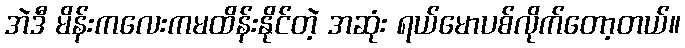
အဲဒီ မိန်းကလေးကမထိန်းနိုင်တဲ့ အဆုံး ရယ်မောပစ်လိုက်တော့တယ်။